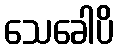
သေခေါပိ